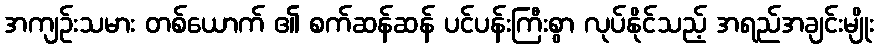
အကျဉ်းသမား တစ်ယောက် ၏ စက်ဆန်ဆန် ပင်ပန်းကြီးစွာ လုပ်နိုင်သည့် အရည်အချင်းမျိုး